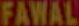
FAWAL